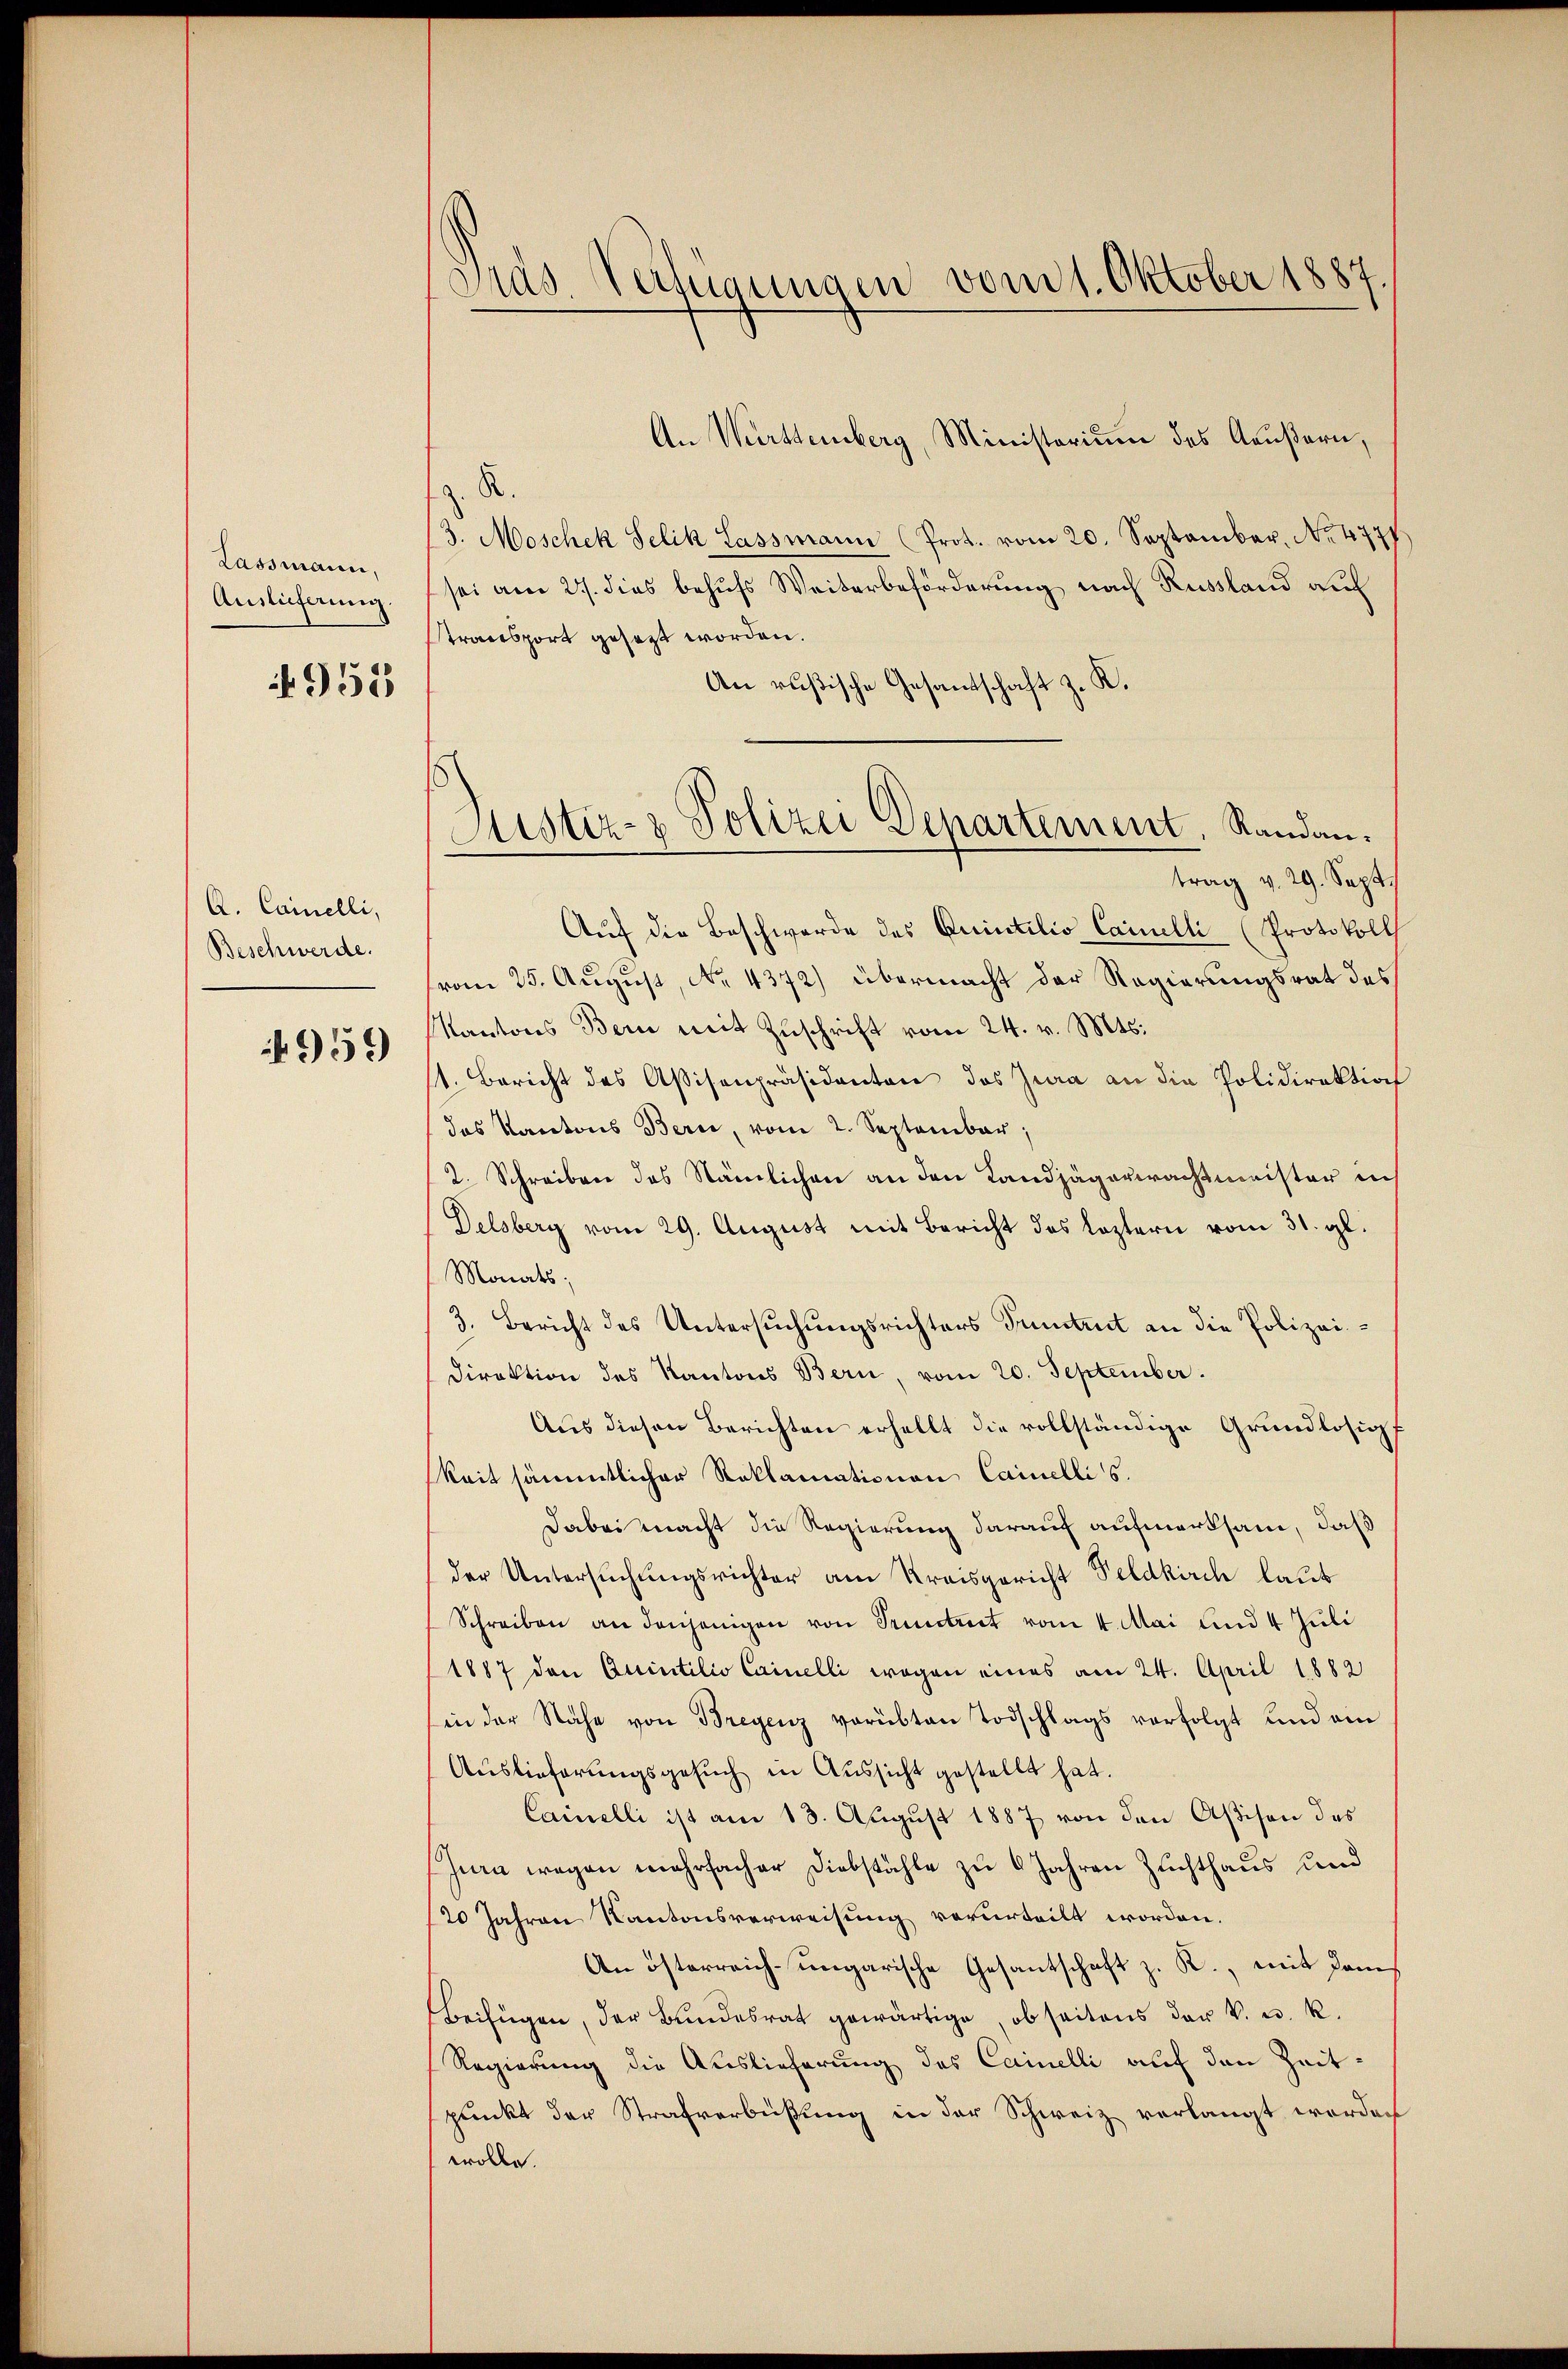
Lassmann,
Auslieferung.

955

A. Cainelli,
Beschwerde.

4959

.
Das Verfügungen vom 1. Oktober 1887.

An Württemberg, Ministerium des Aeußern,
z. R.
3. Moschek Selik Lassmann (Prot. vom 20. September, No. 4777)
sei am 27. dies behufs Weiterbeförderung nach Russland auf
stransport gesezt worden.
An rußische Gesandschaft z. K.
trag v. 29. Sept.
Aŭf die Beschwerde des Princilio Cainelli (Protokolls
vom 25. August, No. 4372) übermacht der Regierungsrat des
Kantons Bern mit Zuschrift vom 24. v. Mts.
11. Bericht des Aßisenpräsidenten das Jura an die Polidirektion
das Kantons Bern, vom 2. September,
2. Schreiben des Nämlichen an den Landjägerwachtmeister in
Delsberg vom 29. August mit Bericht des leztern vom 31. gl.
Monats;
3. Bericht des Untersuchungsrichters Truntrut an die Polizei¬
Direktion des Kantons Bern, vom 20. September.
Aus diesen Berichten erhellt die vollständige Grundlosigf
keit sämmtlicher Reklamationen Cainellis.
dabei macht die Regierung darauf aufmerksam, daß
der Untersuchungsrichter am Kreisgericht Feldkirch laut
Schreiben an denjenigen von Pietract vom 4. Mai und 4 Juli
1887 den Quintilio Cainelli wegen eines am 24. April 1882
in der Nähe von Bregenz verübten Todschlags verfolgt und am
Auslieferungsgesuch in Aussicht gestellt hat.
Cainelli ist am 13. August 1887 von den Aßison des
Jura wegen mehrfacher Diebstähle zu 6 Jahren Zuchthaus und
20 Jahren Kantonsverweisung verurteilt worden.
An österreich-ungarische Gesantschaft z. R., mit dem¬
Beifügen, der Bŭndesrat gewärtige, ob seitens der k. u. k.
Regierung die Auslieferung des Cainelli auf den Zeitpunkt der Strafverbüßung in der Schweiz verlangt worden
wolle.

Sistiz- & Polizei Departement, Randan¬